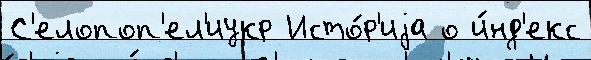
С'елопоп'ел'иукр Исто́р'иjа о и́нд'екс